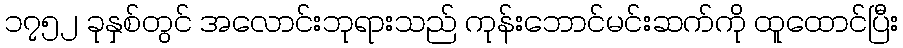
၁၇၅၂ ခုနှစ်တွင် အလောင်းဘုရားသည် ကုန်းဘောင်မင်းဆက်ကို ထူထောင်ပြီး